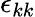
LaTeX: \epsilon_{kk}